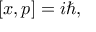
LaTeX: [ x , p ] = i \hbar ,